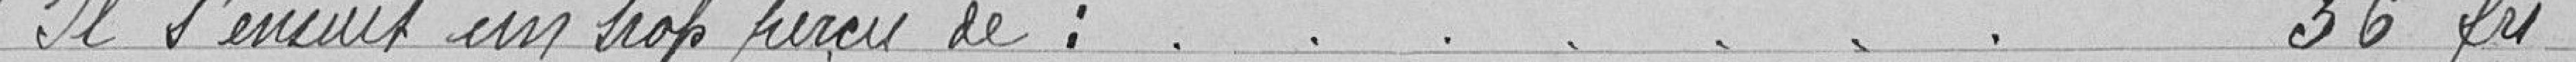
Il s'ensuit un trop perçu de : 36 frs